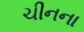
ચીનના